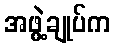
အဖွဲ့ချုပ်က